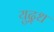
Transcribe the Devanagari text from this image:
युद़्ध